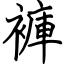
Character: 褲